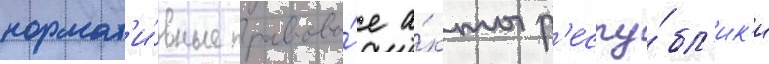
нормат'и́вные правовы́е а́кты р'еспу́бл'ик'и